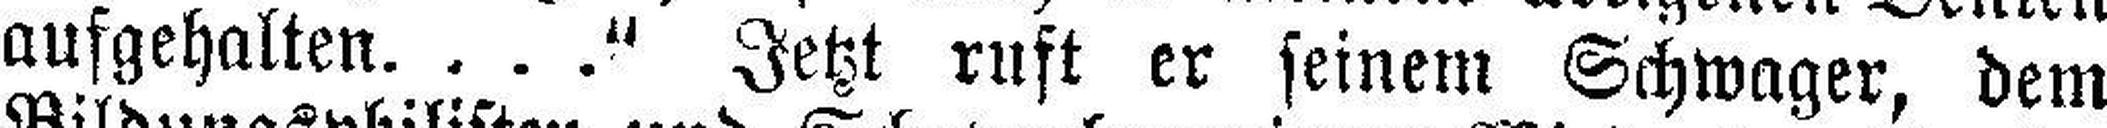
aufgehalten...." Jetzt ruft er seinem Schwager, dem